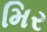
મિર